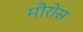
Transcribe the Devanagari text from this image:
मौरोस